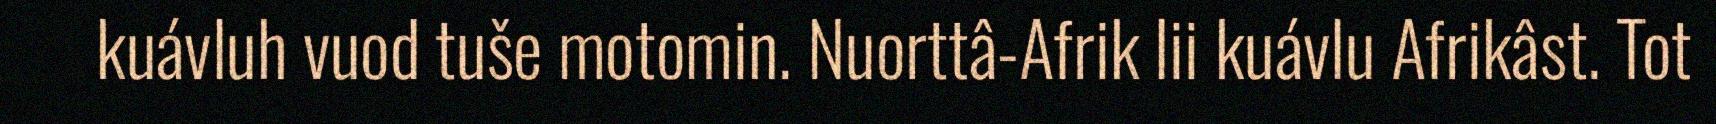
kuávluh vuod tuše motomin. Nuorttâ-Afrik lii kuávlu Afrikâst. Tot